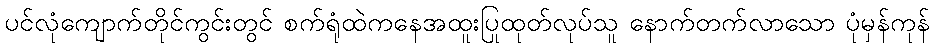
ပင်လုံကျောက်တိုင်ကွင်းတွင် စက်ရုံထဲကနေအထူးပြုထုတ်လုပ်သူ နောက်တက်လာသော ပုံမှန်ကုန်